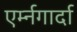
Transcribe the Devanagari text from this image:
एर्म्नगार्दा